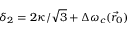
\delta _ { 2 } = 2 \kappa / \sqrt 3 + \Delta \omega _ { c } ( \vec { r } _ { 0 } )